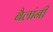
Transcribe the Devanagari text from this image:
बैलांनी